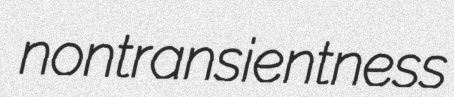
nontransientness